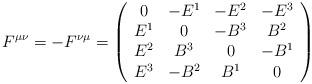
LaTeX: \begin{align*}F^{\mu \nu}= -F^{\nu \mu} =\left(\begin{array}{cccc}0 & -E^1 & -E^2 & -E^3 \\E^1 & 0 & -B^3 & B^2 \\E^2 & B^3 & 0 & -B^1 \\E^3 & -B^2 & B^1 & 0 \end{array}\right)\;\end{align*}